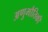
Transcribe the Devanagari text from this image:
अणुभौतिकी